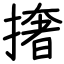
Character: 撦